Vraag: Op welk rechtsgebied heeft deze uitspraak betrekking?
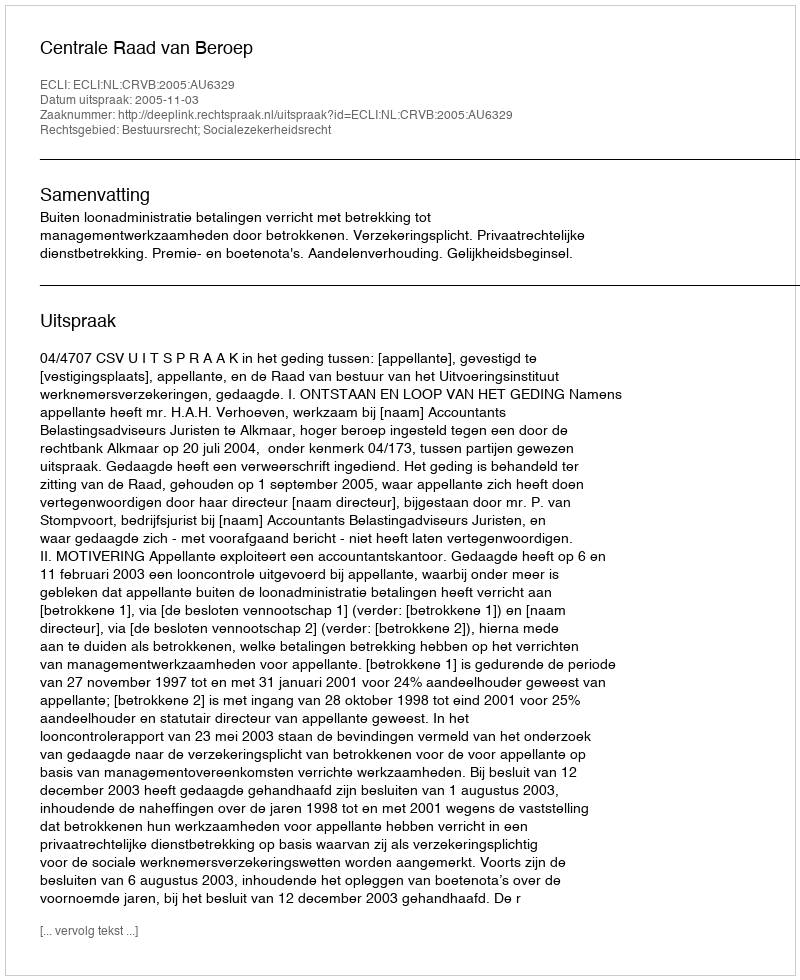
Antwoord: Bestuursrecht; Socialezekerheidsrecht